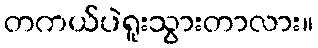
တကယ်ပဲရူးသွားတာလား။